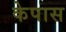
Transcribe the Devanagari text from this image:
केपास